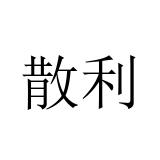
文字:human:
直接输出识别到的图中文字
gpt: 散利